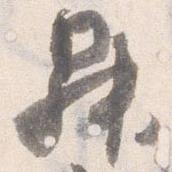
昇